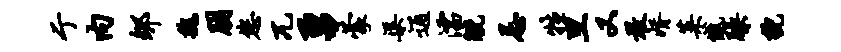
亍内郇魏朋您兀勇蒙渠通濡觥忌牲旦又敢婿菜憾躁貌